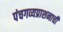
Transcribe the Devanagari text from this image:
पंचगव्यप्राशनाची